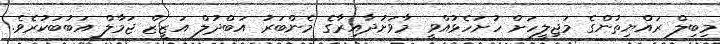
މިބިލް ރައްޔިތުންގެ މަޖިލީހަށް ހުށަހެޅުއްވީ މާވަށުދާއިރާގެ މެންބަރު އަބްދުލް އަޒީޒް ޖަމާލް އަބުބަކުރެވެ.